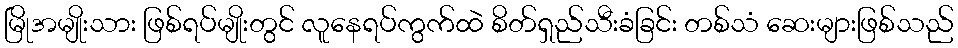
မြိုအမျိုးသား ဖြစ်ရပ်မျိုးတွင် လူနေရပ်ကွက်ထဲ စိတ်ရှည်သီးခံခြင်း တစ်သံ ဆေးများဖြစ်သည်